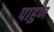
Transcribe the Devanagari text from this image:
पाहुण